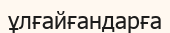
ұлғайғандарға